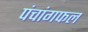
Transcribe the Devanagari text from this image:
पंचांगफल